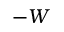
- W